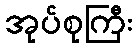
အုပ်စုကြီး